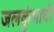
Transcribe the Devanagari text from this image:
जलकुंभाची